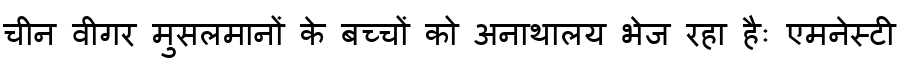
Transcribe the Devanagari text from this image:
चीन वीगर मुसलमानों के बच्चों को अनाथालय भेज रहा हैः एमनेस्टी